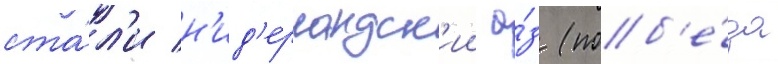
ста́л'и н'ид'ерландск'ии а́з (поб'е́да